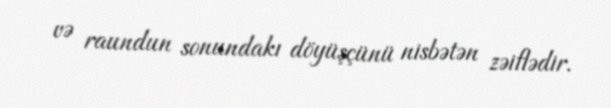
və raundun sonundakı döyüşçünü nisbətən zəiflədir.